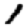
Digit: 1